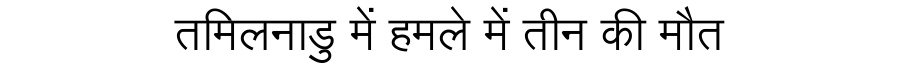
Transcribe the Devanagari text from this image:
तमिलनाडु में हमले में तीन की मौत